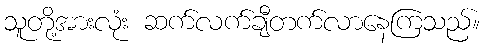
သူတို့အားလုံး ဆက်လက်ချီတက်လာနေကြသည်။